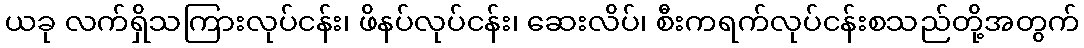
ယခု လက်ရှိသကြားလုပ်ငန်း၊ ဖိနပ်လုပ်ငန်း၊ ဆေးလိပ်၊ စီးကရက်လုပ်ငန်းစသည်တို့အတွက်